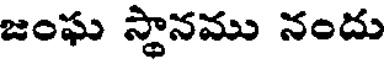
జంఘ స్థానము నందు